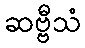
ဆဗ္ဗီသံ